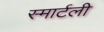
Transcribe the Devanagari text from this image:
स्मार्टली